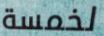
لخمسة